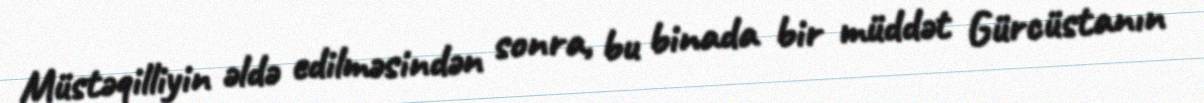
Müstəqilliyin əldə edilməsindən sonra, bu binada bir müddət Gürcüstanın